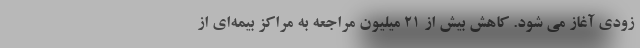
زودی آغاز می شود. کاهش بیش از ۲۱ میلیون مراجعه به مراکز بیمه‌ای از